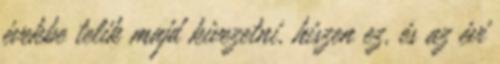
évekbe telik majd kivezetni, hiszen ez, és az évi